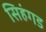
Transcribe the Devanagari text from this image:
सिहंगड